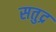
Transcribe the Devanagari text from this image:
सतुद्र